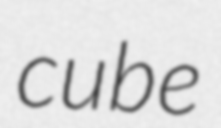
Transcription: cube